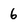
Character: 6